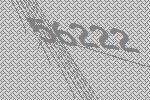
56222